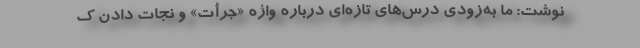
نوشت: ما به‌زودی درس‌های تازه‌ای درباره واژه «جرأت» و نجات دادن ک